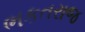
ભકતરાજ